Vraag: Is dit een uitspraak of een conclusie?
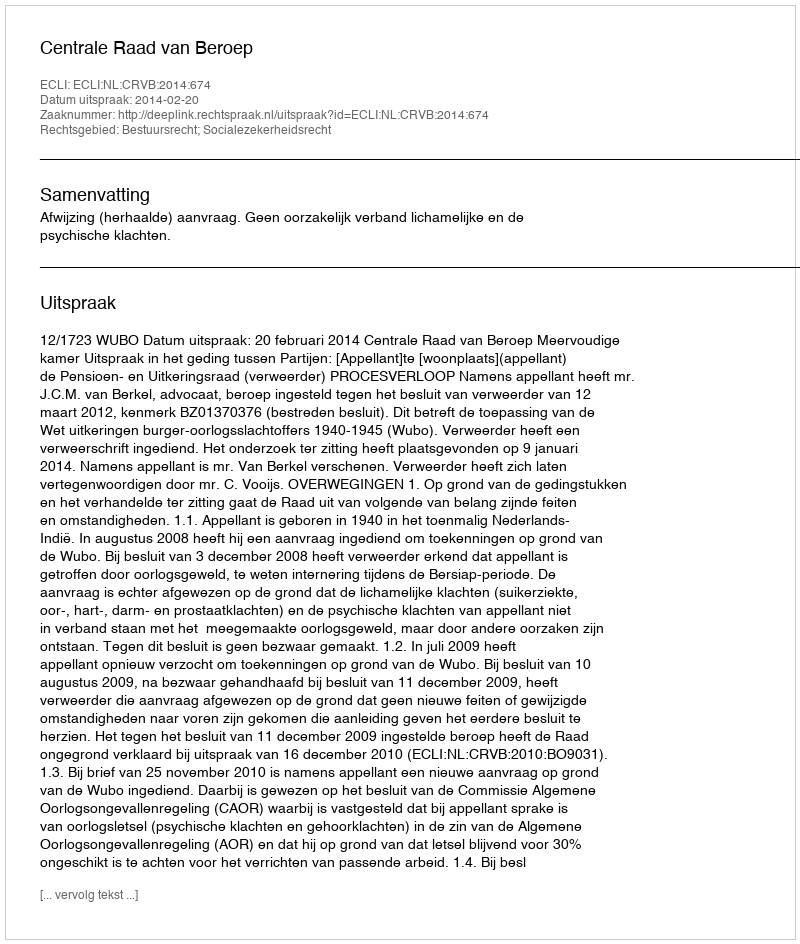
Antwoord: Uitspraak